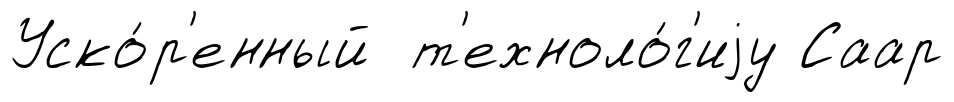
Уско́р'енный т'ехноло́г'иjу Саар